Indian journal of veterinary science and animal husbandry - Volumes 15-17, 1948-1951
Year: 1948
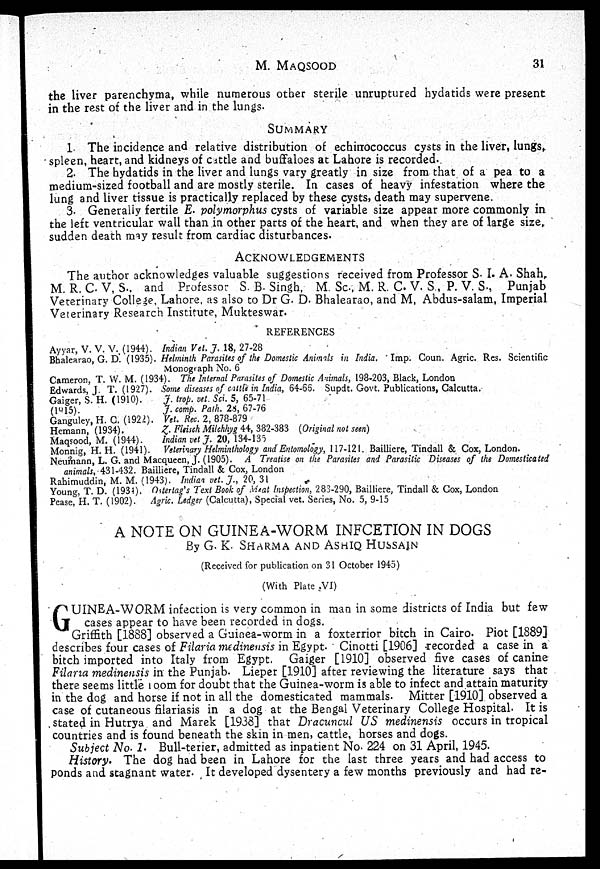
M.
MAQSOOD
31
the liver parenchyma, while numerous other sterile unruptured hydatids were present
in the rest of the liver and in the lungs.
SUMMARY
1. The incidence and relative distribution of echirrococcus cysts in the liver, lungs,
spleen, heart, and kidneys of cattle and buffaloes at Lahore is recorded.
2. The hydatids in the liver and lungs vary greatly in size from that of a pea to a
medium-sized football and are mostly sterile. In cases of heavy infestation where the
lung and liver tissue is practically replaced by these cysts, death may supervene.
3. Generally fertile E. polymorphus cysts of variable size appear more commonly in
the left ventricular wall than in other parts of the heart, and when they are of large size,
sudden death may result from cardiac disturbances.
ACKNOWLEDGEMENTS
The author acknowledges valuable suggestions received from Professor S. I. A. Shah,
M. R. C. V, S., and Professor S. B. Singh, M. Sc., M. R. C. V. S , P. V. S., Punjab
Veterinary College, Lahore, as also to Dr G. D. Bhalearao, and M, Abdus-salam, Imperial
Veterinary Research Institute, Mukteswar.
REFERENCES
Ayyar, V. V. V., (1944). Indian Vet. J. 18, 27-28
Bhalearao, G. D. (1935). Helminth Parasites of the Domestic Animals in India. Imp. Coun. Agric. Res. Scientific
Monograph No. 6
Cameron, T. W. M. (1934). The Internal Parasites of Domestic Animals, 198-203, Black, London
Edwards, J. T. (1927). Some diseases of cattle in India, 64-66. Supdt. Govt. Publications, Calcutta.
Gaiger, S. H. (1910).
J. trop. vet. Sci. 5, 65-71
(1915).
J. comp. Path. 28, 67-76
Ganguley, H. C. (1922). Vet. Rec. 2, 878-879
Hemann, (1934).
Z.
Fleisch Milchhyg 44, 382-383 (Original not seen)
Maqsood, M. (1944).
Indian vet J. 20, 134-135
Monnig, H. H. (1941). Veterinary Helminthology and Entomology, 117-121. Bailliere, Tindall & Cox, London.
Neumann, L. G. and Macqueen, J. (1905). A Treatise on the Parasites and Parasitic Diseases of the Domesticated
animals, 431-432. Bailliere, Tindall & Cox, London
Rahimuddin, M. M. (1943). Indian vet. J., 20, 31
Young, T. D. (1934). Ostertag's Text Book of Meat Inspection, 283-290, Bailliere, Tindall & Cox, London
Pease, H. T. (1902). Agric. Ledger (Calcutta), Special vet. Series, No. 5, 9-15
A NOTE ON GUINEA-WORM INFCETION IN DOGS
By G. K. SHARMA AND ASHIQ HUSSAIN
(Received for publication on 31 October 1945)
(With Plate VI)
G UINEA-WORM infection is very common in man in some districts of India but few
cases appear to have been recorded in dogs.
Griffith [1888] observed a Guinea-worm in a foxterrior bitch in Cairo. Piot [1889]
describes four cases of Filaria medinensis in Egypt. Cinotti [1906] recorded a case in a
bitch imported into Italy from Egypt. Gaiger [1910] observed five cases of canine
Filaria medinensis in the Punjab. Lieper [1910] after reviewing the literature says that
there seems little room for doubt that the Guinea-worm is able to infect and attain maturity
in the dog and horse if not in all the domesticated mammals. Mitter [1910] observed a
case of cutaneous filariasis in a dog at the Bengal Veterinary College Hospital. It is
stated in Hutrya and Marek [1938] that Dracuncul US medinensis occurs in tropical
countries and is found beneath the skin in men, cattle, horses and dogs.
Subject No. 1. Bull-terier, admitted as inpatient No. 224 on 31 April, 1945.
History. The dog had been in Lahore for the last three years and had access to
ponds and stagnant water. It developed dysentery a few months previously and had re-